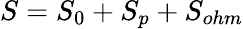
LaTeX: S=S_{0}+S_{p}+S_{ohm}